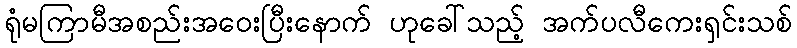
ရုံမကြာမီအစည်းအဝေးပြီးနောက် ဟုခေါ်သည့် အက်ပလီကေးရှင်းသစ်